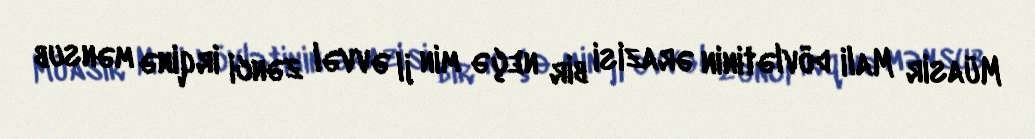
Müasir Mali dövlətinin ərazisi bir neçə min il əvvəl zənci irqinə mənsub